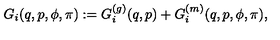
G _ { i } ( q , p , \phi , \pi ) : = G _ { i } ^ { ( g ) } ( q , p ) + G _ { i } ^ { ( m ) } ( q , p , \phi , \pi ) ,